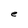
Character: e